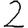
Digit: 2